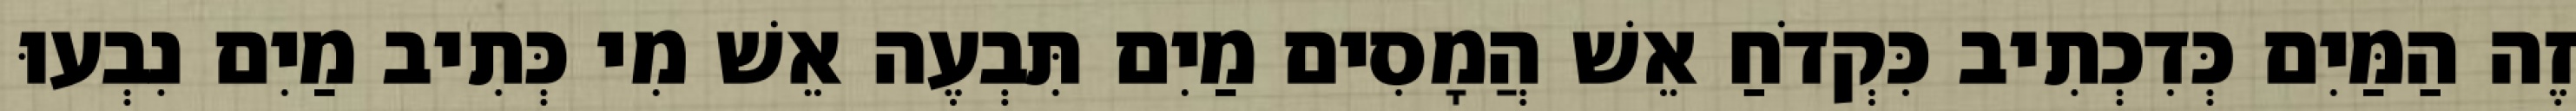
זֶה הַמַּיִם כְּדִכְתִיב כִּקְדֹחַ אֵשׁ הֲמָסִים מַיִם תִּבְעֶה אֵשׁ מִי כְּתִיב מַיִם נִבְעוּ